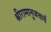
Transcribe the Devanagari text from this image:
श्रीरामानुजचार्य